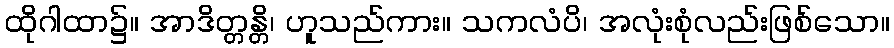
ထိုဂါထာ၌။ အာဒိတ္တန္တိ၊ ဟူသည်ကား။ သကလံပိ၊ အလုံးစုံလည်းဖြစ်သော။